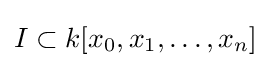
I\subset k[x_{0},x_{1},\ldots ,x_{n}]